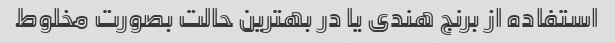
استفاده از برنج هندی یا در بهترین حالت بصورت مخلوط